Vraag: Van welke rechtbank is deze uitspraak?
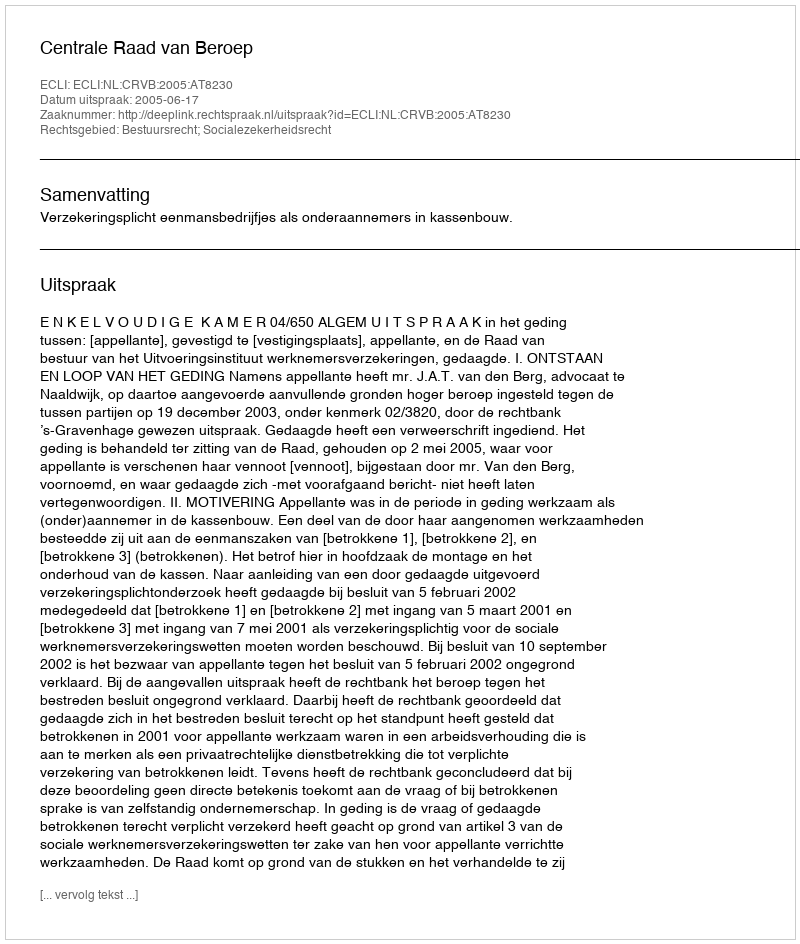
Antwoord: Centrale Raad van Beroep